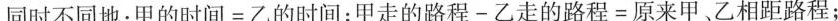
同时不同地：$$甲 的 时 间 = 乙 的 时 间$$；$$甲 走 的 路 程 - 乙 走 的 路 程 = 原 来 甲 、 乙 相 距 路 程$$；